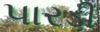
પારડી